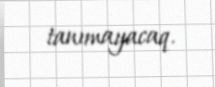
tanımayacaq.